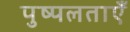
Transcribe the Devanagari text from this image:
पुष्पलताएँ